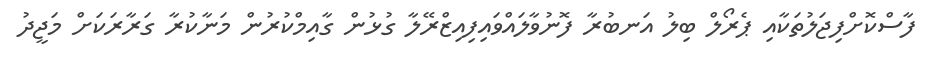
ފާސްކޮށްފިޖަލުތަކާއި ޕެރޯލް ބިލު އަނބުރާ ފޮނުވާލައްވައިފިއިޒްރޭލާ ގުޅުން ގާއިމްކުރުން މަނާކުރާ ގަރާރަކަށް މަޖީދު